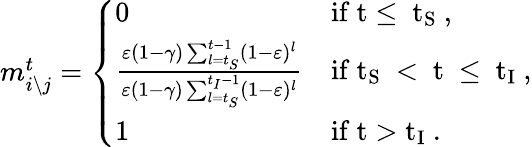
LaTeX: \begin{array}{r}{m_{i\setminus j}^{t}=\left\{ \begin{array}{ll}{0}&{\mathrm{if~t\leq~t_S~},}\\ {\frac{\varepsilon(1-\gamma)\sum_{l=t_{S}}^{t-1}(1-\varepsilon)^{l}}{\varepsilon(1-\gamma)\sum_{l=t_{S}}^{t_{I}-1}(1-\varepsilon)^{l}}}&{\mathrm{if~t_S~<~t~\leq~t_I~},}\\ {1}&{\mathrm{if~t>t_I~}.}\end{array}\right.}\end{array}